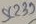
Text: SC239